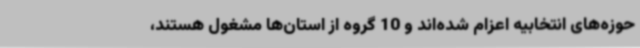
حوزه‌های انتخابیه اعزام شده‌اند و 10 گروه از استان‌ها مشغول هستند،